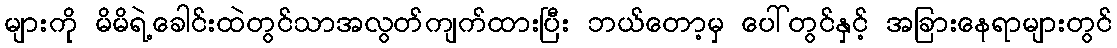
များကို မိမိရဲ့ခေါင်းထဲတွင်သာအလွတ်ကျက်ထားပြီး ဘယ်တော့မှ ပေါ်တွင်နှင့် အခြားနေရာများတွင်